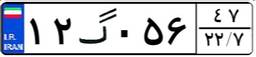
۱۲گ۰۵۶۴۷